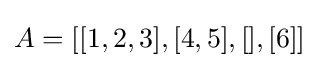
A=[[1,2,3],[4,5],[],[6]]